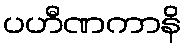
ပဟီဏကာနိ